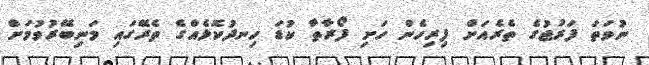
ނުވަތަ ފަރުޖުގެ ތެރެއަށް ފިރިހެން ހަށި ފޯރާތާ ކުޑަ ހިނދުކޮޅެއްގެ ތެރޭގައި މަނިބޭރުވުމަށް